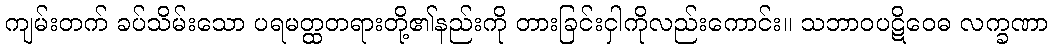
ကျမ်းတက် ခပ်သိမ်းသော ပရမတ္ထတရားတို့၏နည်းကို တားခြင်းငှါကိုလည်းကောင်း။ သဘာဝပဋိဝေဓ လက္ခဏာ